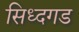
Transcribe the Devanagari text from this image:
सिध्दगड